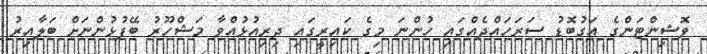
ވޮޝިންޓަންގެ އަގުބޮޑު ސަރަހައްދެއްގައި ހުންނަ މިގެ ކައިރީގައި ދިރިއުޅުއްވާ މަޝްހޫރު ބޭފުޅުންނަށް ބަލާއިރު